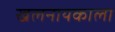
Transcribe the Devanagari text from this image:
खलनायकाला